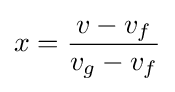
x={v-v_{f} \over v_{g}-v_{f}}